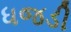
ધજડી